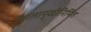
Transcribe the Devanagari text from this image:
ज्वालामुखीनिर्मित